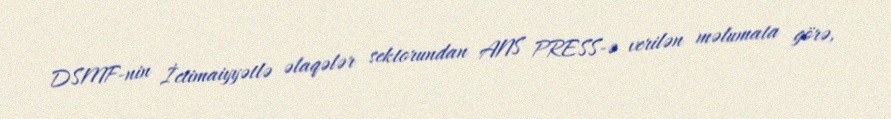
DSMF-nin İctimaiyyətlə əlaqələr sektorundan ANS PRESS-ə verilən məlumata görə,